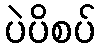
ပဲပိစပ်